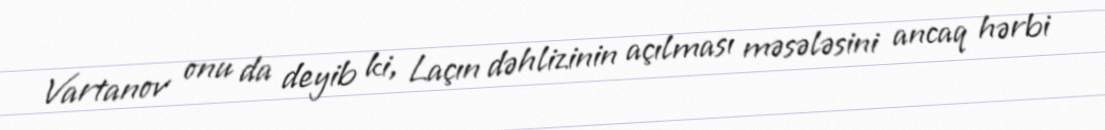
Vartanov onu da deyib ki, Laçın dəhlizinin açılması məsələsini ancaq hərbi